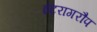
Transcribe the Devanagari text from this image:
इंटरागरौप